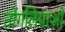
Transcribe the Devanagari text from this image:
तोंगलियाओ